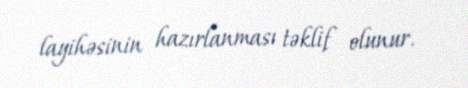
layihəsinin hazırlanması təklif olunur.